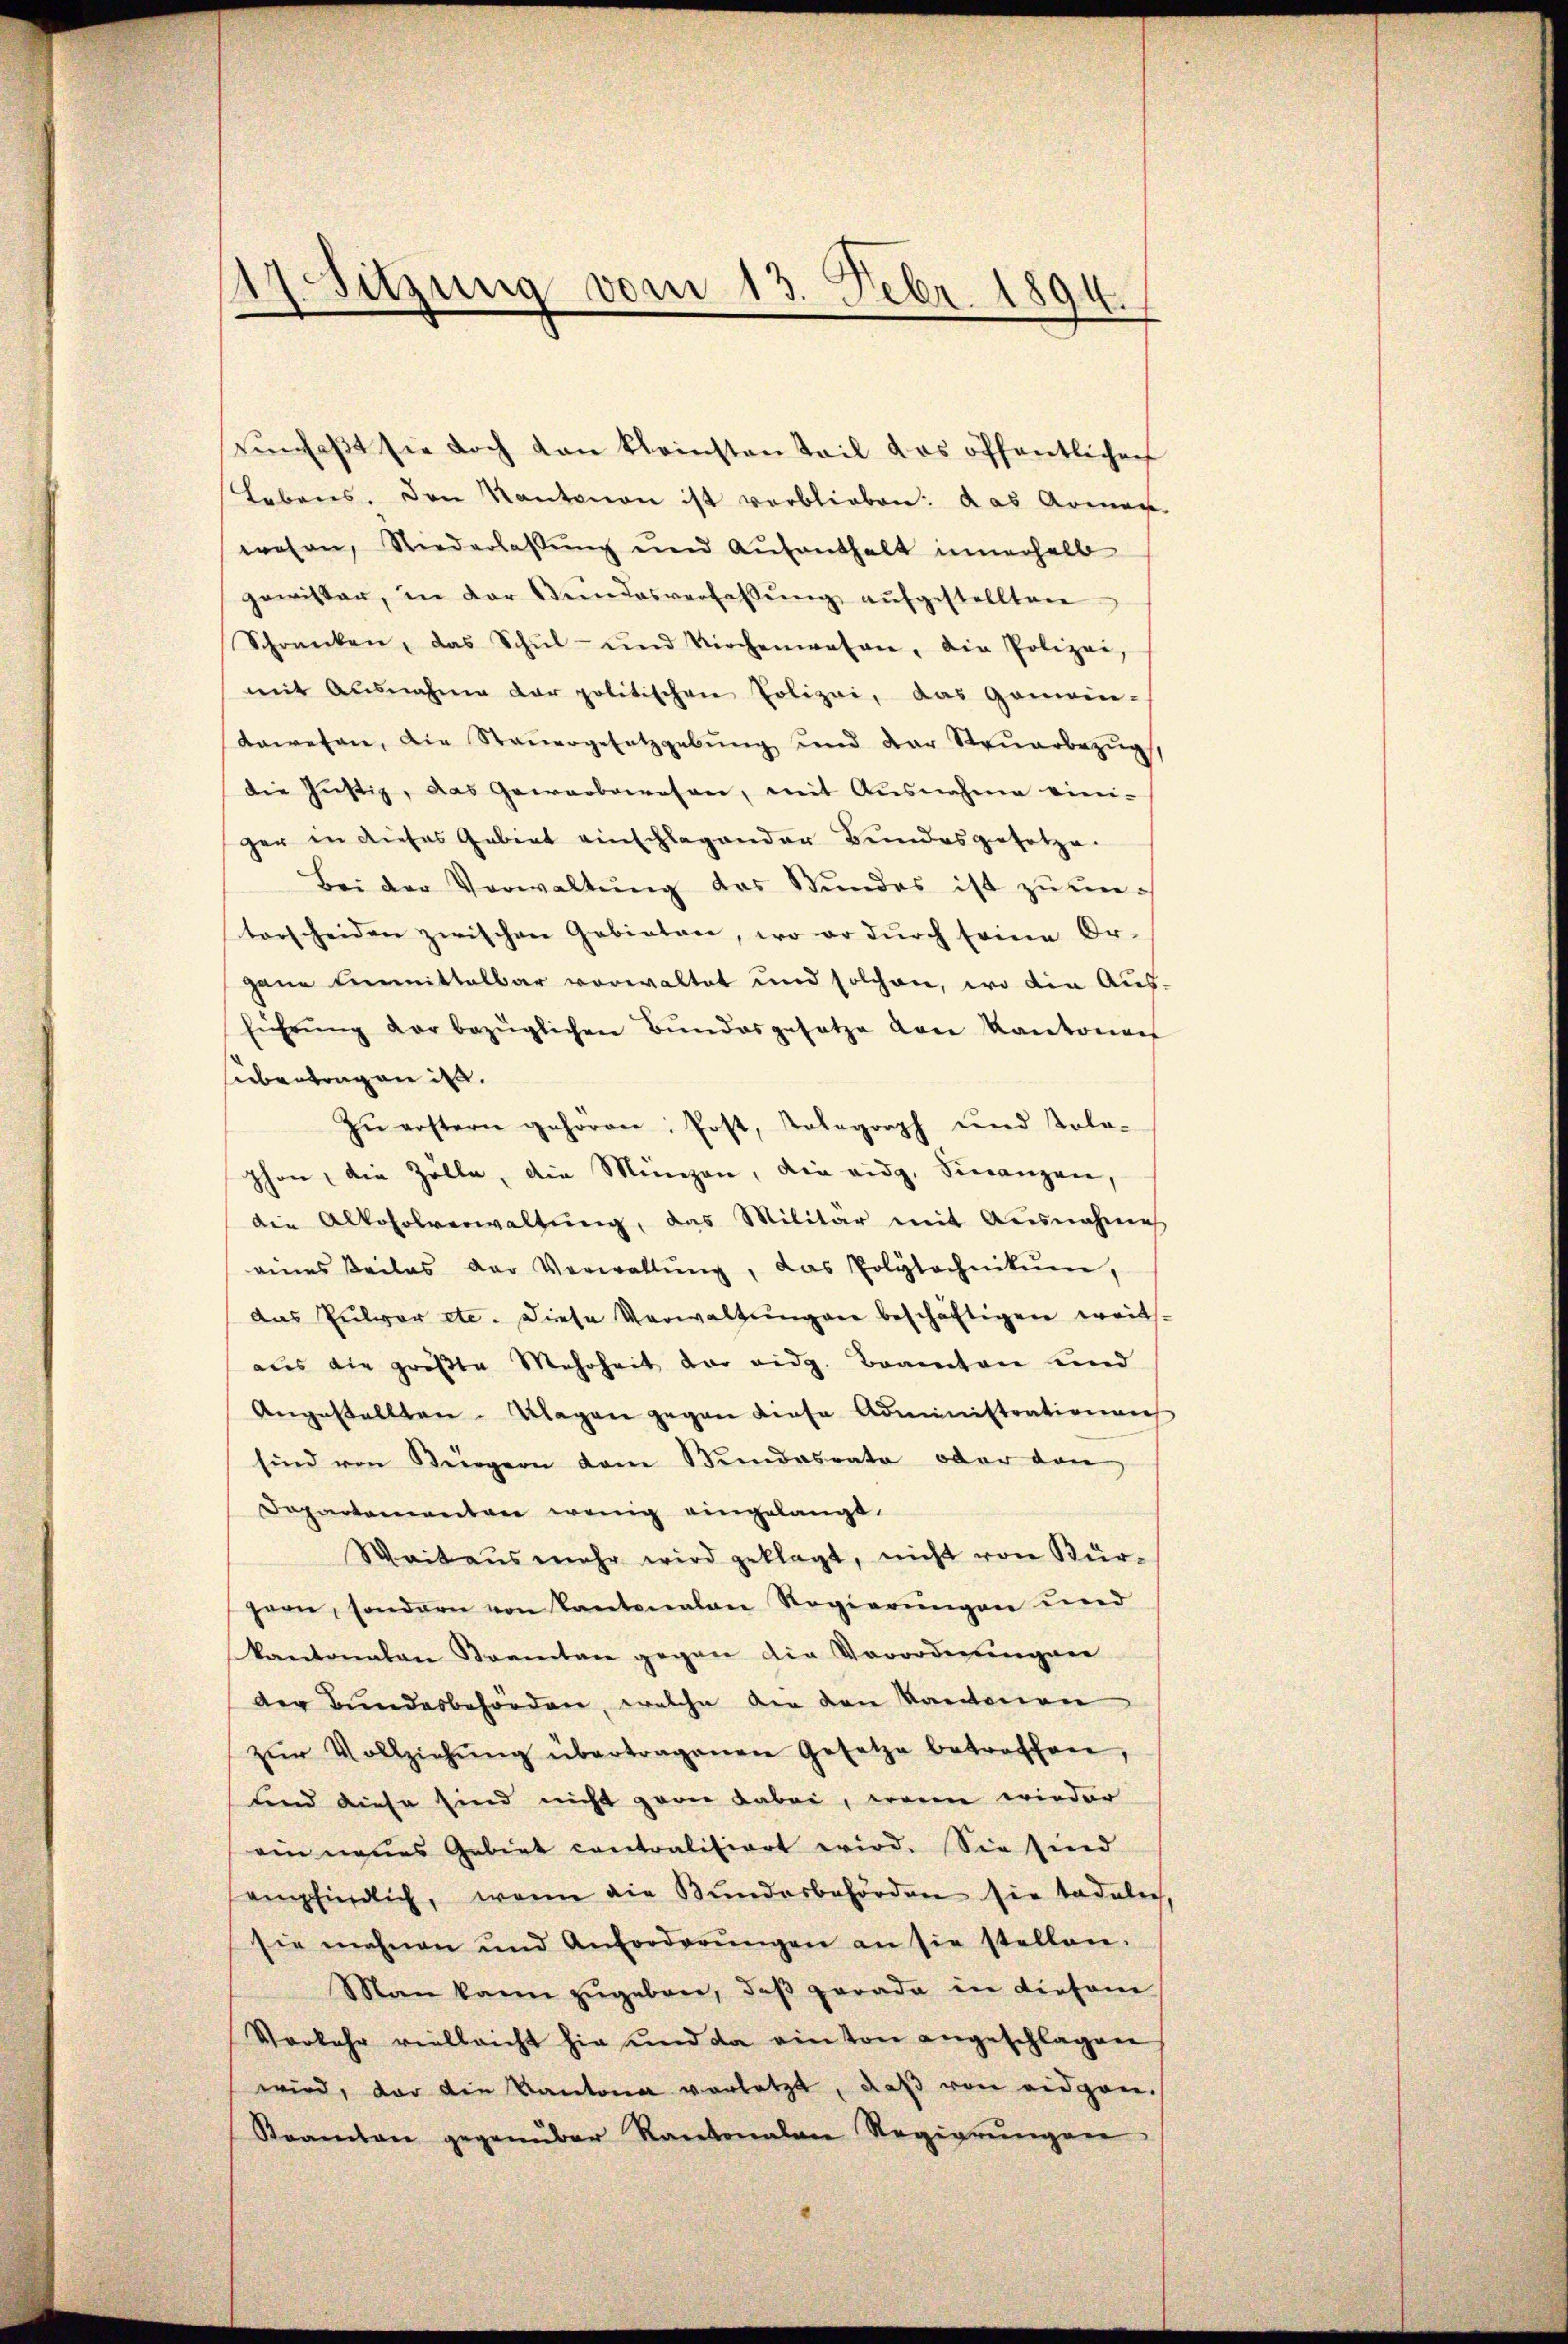
rŭnfaβt sie doch von kleinsten Teil das öffentlichen
Lebens. Den Kantonen ist verblieben: das Armen-
wesen, Niederlassung und Aufenthalt innerhalb
gewisser, in der Bŭndesverfaβŭng aŭfgestellten
Schranken, das Schŭl- und Kirchenwesen, die Polizei,
mit Ausnahme der politischen Polizei, das Gemein-
dawesen, die Steŭergesetzgebŭng und der Steŭarbezŭg
die Justiz, das Gewerbswesen, mit Ausnahme vier-
ger in dieses Gebiet einschlagender Bundesgesetze.
Bei der Verwaltŭng des Stŭndes ist zŭ ŭn-
terscheiden zwischen Gebieten, wo er dŭrch seine Or-
gane Einmittelbar vorwaltet und solchen, wo die Aus-
führŭng der bezüglichen Bŭndesgesetze von Kantonen
sibentragen ist.
zŭ erstern gehören, Post, Telegraph und Kolo-
phon, die Zölle, die Münzen, die eidg. Finanzen,
die Alkoholverwaltung, das Militär mit Ausnahme
eines Teiles der Verwaltŭng, das Polytechnikum,
das Pulver etc. Diese Verwaltungen beschäftigen weit-
aus die größte Mehrheit der eidg. Beamten und
Angesellten. Klagen gegen diese Administrationen
sind von Bergern dem Bundesrate oder dan
Dopartementan wenig eingelangt.
Weitaus mehr wird geklagt, nicht von Bürgern, sondern von Kantonalen Regierŭngen und
kantonalen Sonntag gegen die Verordnungen
der Bundesbehörden, welche der den Kantonen
zŭr Vollziehŭng übertragenen Gesetze betroffen,
ind diese sind nicht zwar dabei, wenn wieder
ein neues Gebiet contralisiert wird. Sie sind
empfindlich, wenn die Bŭndesbehörden sie tadelich
sie mahnen und Anforderŭngen an sie stellen.
Man kann zŭgeben, daβ gerade in diesem
Vorkehr vielleicht hie und da einton angeschlagen
wird, der die Kantona vorletzt, daβ von eidgen.
Reamten gegenüber Kantonalen Regierŭngen

14. Sitzung vom 13. Febr. 1894.
e